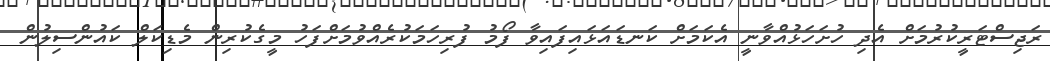
ރަޖިސްޓަރީކުރުމަށް އެދި ހުށަހަޅުއްވާނީ އެކަމަށް ކަނޑައަޅައިފައިވާ ފޯމު ފުރިހަމަކުރެއްވުމަށްފަހު މީގެކުރިން މެޑިކަލް ކައުންސިލުން